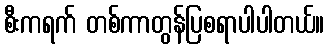
စီးကရက် တစ်ကာတွန်ပြစရာပါပါတယ်။